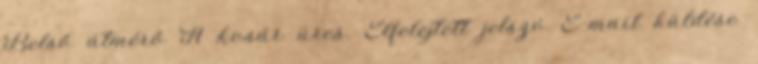
Belső átmérő A kosár üres. Elfelejtett jelszó E-mail küldése